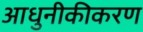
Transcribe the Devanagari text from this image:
आधुनीकीकरण